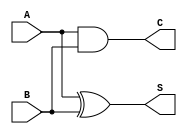
module Threshold_Half_Adder (
    input wire A,    // First binary input
    input wire B,    // Second binary input
    output wire S,   // Sum output
    output wire C    // Carry output
);
  
    // Compute the Sum output: S = A XOR B
    // This uses the characteristic that the sum is 1 if exactly one of the inputs is high (A or B).
    assign S = A ^ B; 

    // Compute the Carry output: C = A AND B
    // The carry is only 1 when both inputs are high.
    assign C = A & B; 

endmodule